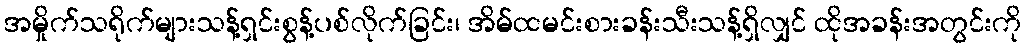
အမှိုက်သရိုက်များသန့်ရှင်းစွန့်ပစ်လိုက်ခြင်း၊ အိမ်ထမင်းစားခန်းသီးသန့်ရှိလျှင် ထိုအခန်းအတွင်းကို